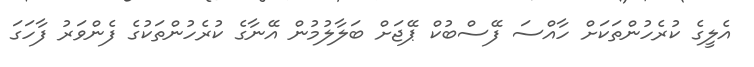
އެލީގެ ކުރެހުންތަކަށް ހާއްސަ ފޭސްބުކް ޕޭޖަށް ބަލާލުމުން އޭނާގެ ކުރެހުންތަކުގެ ފެންވަރު ފާހަގަ